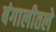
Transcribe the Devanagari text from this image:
बंगालीतले